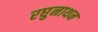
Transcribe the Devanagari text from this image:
रघुनाथन